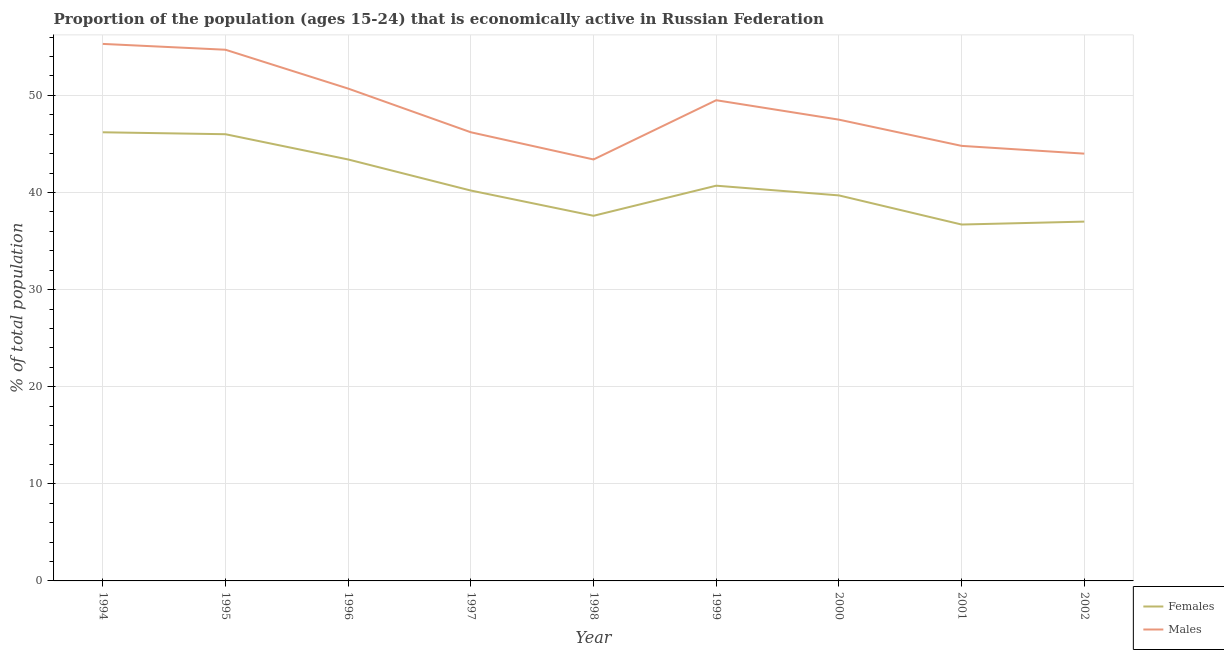
| Year | Females | Males |
 | --- | --- | --- |
 | 1994 | 46.2 | 55.3 |
 | 1995 | 46 | 54.7 |
 | 1996 | 43.4 | 50.7 |
 | 1997 | 40.2 | 46.2 |
 | 1998 | 37.6 | 43.4 |
 | 1999 | 40.7 | 49.5 |
 | 2000 | 39.7 | 47.5 |
 | 2001 | 36.7 | 44.8 |
 | 2002 | 37 | 44 |